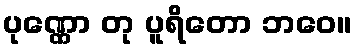
ပုဏ္ဏော တု ပူရိတော ဘဝေ။